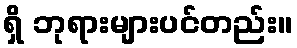
ရှိ ဘုရားများပင်တည်း။